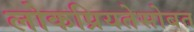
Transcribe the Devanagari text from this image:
लोकप्रियतेसोबत